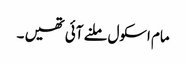
مام اسکول ملنے آئی تھیں ۔